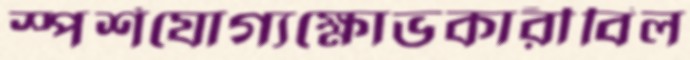
স্পর্শযোগ্যক্ষোভকারীবিল